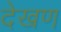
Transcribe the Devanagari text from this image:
देखण